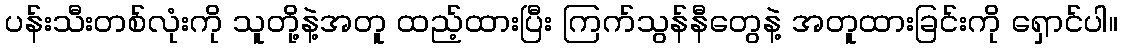
ပန်းသီးတစ်လုံးကို သူတို့နဲ့အတူ ထည့်ထားပြီး ကြက်သွန်နီတွေနဲ့ အတူထားခြင်းကို ရှောင်ပါ။